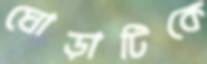
ঘোড়াটিকে